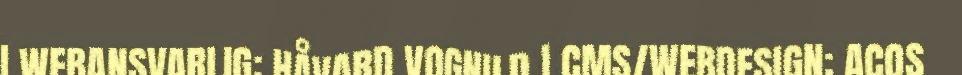
| WEBANSVARLIG: HÅVARD VOGNILD | CMS/WEBDESIGN: ACOS